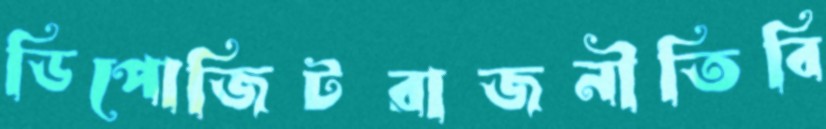
ডিপোজিটরাজনীতিবি